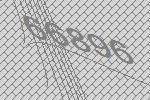
66896